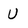
Character: U